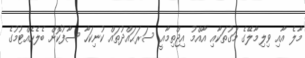
މާލެ އާއި ވިލިމާލޭގެ މަގުތަކާއި އާއްމު އިޖްތިމާއީ ސަރަޙައްދުތައް ކުނިކަހާ ސާފުކޮށް ބެލެހެއްޓުމުގެ